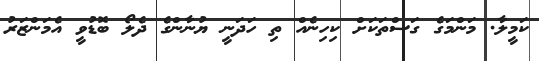
ކަމީލާ. މަންމަގެ ގަސްތަކަށް ކިހިނެއް ތި ހަދަނީ ޔުނާންގެ ދެލޯ ބޮޑުވީ އެމަންޒަރު